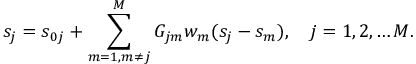
s _ { j } = s _ { 0 j } + \sum _ { m = 1 , m \ne j } ^ { M } G _ { j m } w _ { m } ( s _ { j } - s _ { m } ) , \quad j = 1 , 2 , \dots M .